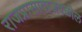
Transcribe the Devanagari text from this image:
राजप्रासादाजवळील